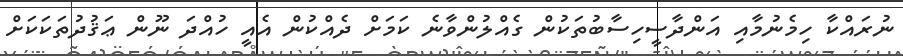
ނުރައްކާ ހިމެނުމާއި އަންދާސީހިސާބުތަކުން ގެއްލުންވާނެ ކަމަށް ދެއްކުން އެއީ ހުއްދަ ނޫން ޢަޤުދުތަކަކަށް